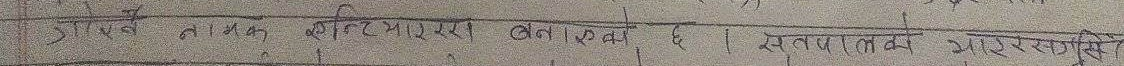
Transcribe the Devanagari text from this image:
2) राजनैतिक शक्ति माइक्रोसफ्ट बनेका छ । सकारात्मक भार स्पष्ट